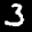
Label: 3